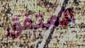
المتفق